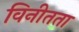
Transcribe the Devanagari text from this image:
विनीतता